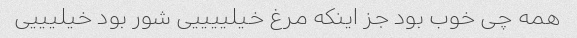
همه چی خوب بود جز اینکه مرغ خیلییییی شور بود خیلیییی